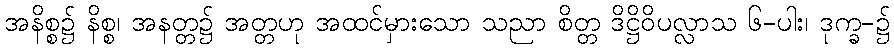
အနိစ္စ၌ နိစ္စ၊ အနတ္တ၌ အတ္တဟု အထင်မှားသော သညာ စိတ္တ ဒိဋ္ဌိဝိပလ္လာသ ၆-ပါး၊ ဒုက္ခ-၌